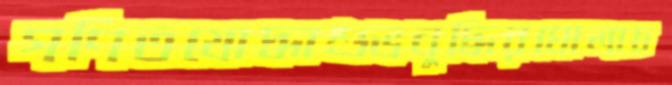
গণিতযোদ্ধাশুভবুদ্ধিরঘোলাচ